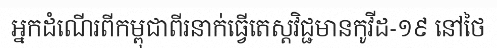
អ្នកដំណើរពីកម្ពុជាពីរនាក់ធ្វើតេស្តវិជ្ជមានកូវីដ-១៩ នៅថៃ